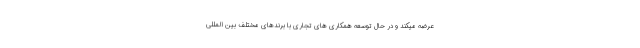
عرضه میکند و در حال توسعه همکاری های تجاری با برندهای مختلف بین المللی